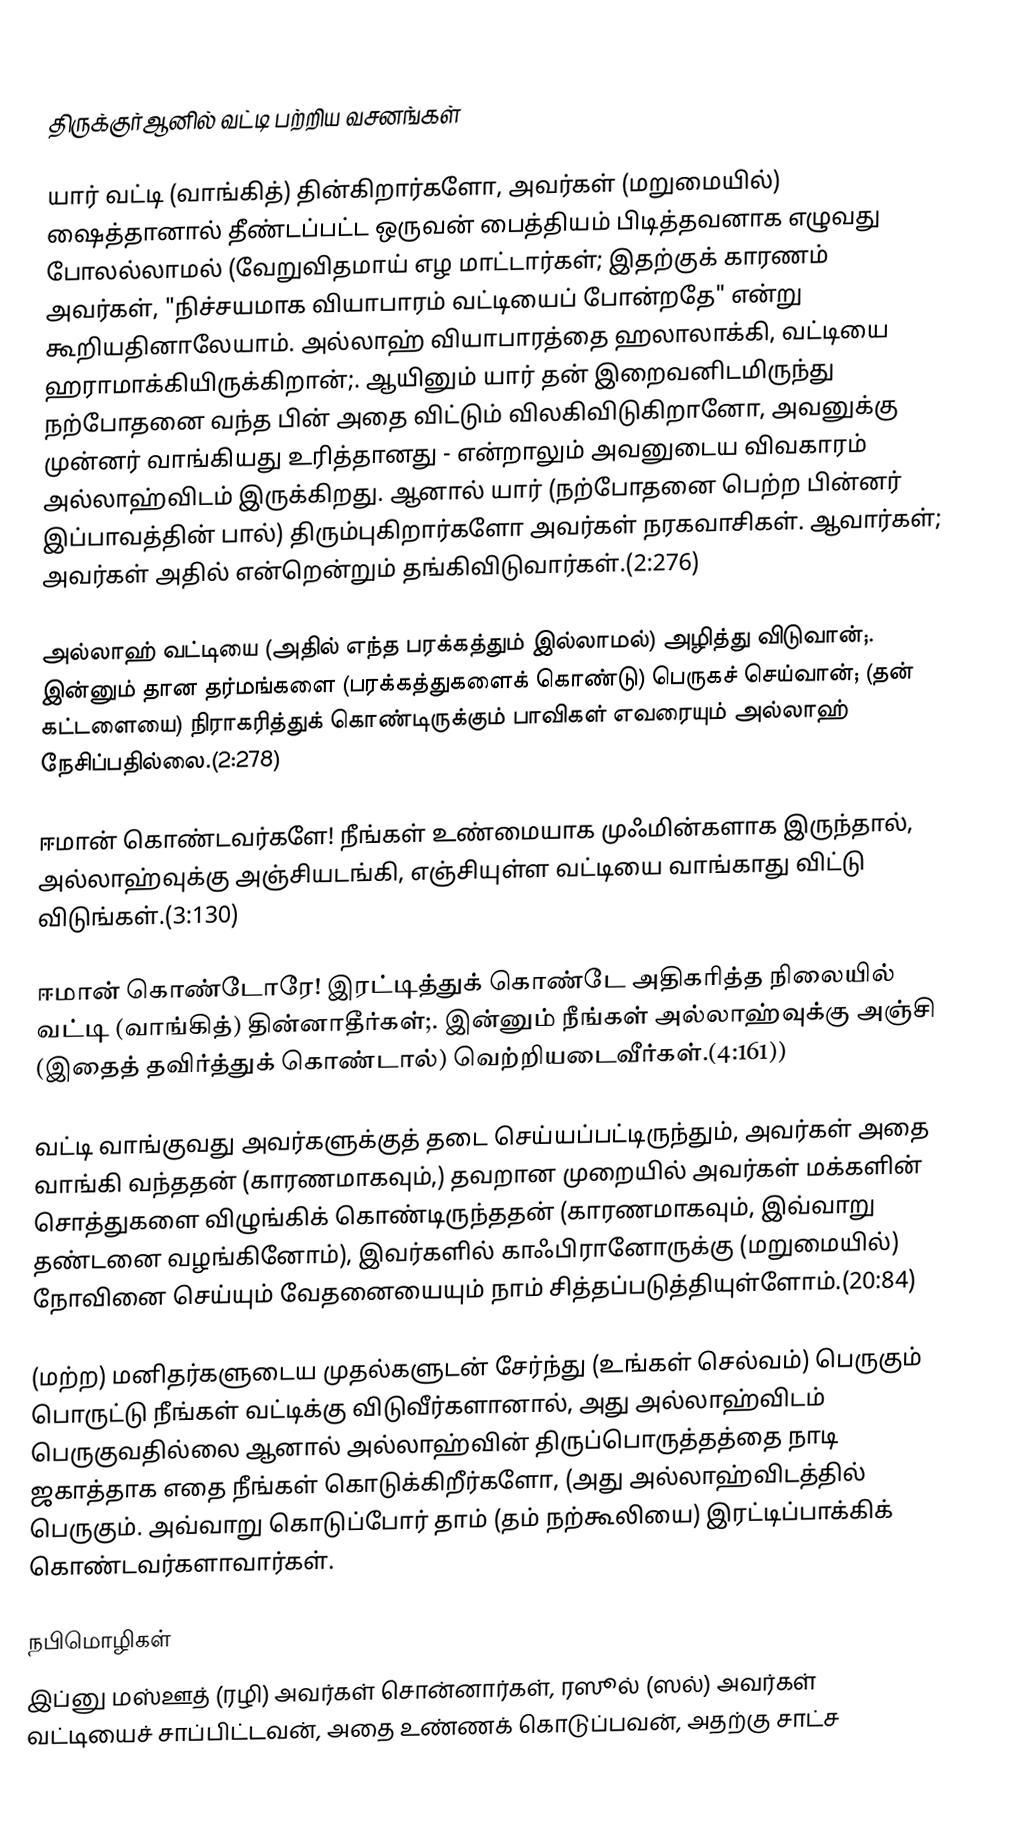

திருக்குர்ஆனில் வட்டி பற்றிய வசனங்கள்

யார் வட்டி (வாங்கித்) தின்கிறார்களோ, அவர்கள் (மறுமையில்) ஷைத்தானால் தீண்டப்பட்ட ஒருவன் பைத்தியம் பிடித்தவனாக எழுவது போலல்லாமல் (வேறுவிதமாய் எழ மாட்டார்கள்; இதற்குக் காரணம் அவர்கள், "நிச்சயமாக வியாபாரம் வட்டியைப் போன்றதே" என்று கூறியதினாலேயாம். அல்லாஹ் வியாபாரத்தை ஹலாலாக்கி, வட்டியை ஹராமாக்கியிருக்கிறான்;. ஆயினும் யார் தன் இறைவனிடமிருந்து நற்போதனை வந்த பின் அதை விட்டும் விலகிவிடுகிறானோ, அவனுக்கு முன்னர் வாங்கியது உரித்தானது - என்றாலும் அவனுடைய விவகாரம் அல்லாஹ்விடம் இருக்கிறது. ஆனால் யார் (நற்போதனை பெற்ற பின்னர் இப்பாவத்தின் பால்) திரும்புகிறார்களோ அவர்கள் நரகவாசிகள். ஆவார்கள்; அவர்கள் அதில் என்றென்றும் தங்கிவிடுவார்கள்.(2:276)

அல்லாஹ் வட்டியை (அதில் எந்த பரக்கத்தும் இல்லாமல்) அழித்து விடுவான்;. இன்னும் தான தர்மங்களை (பரக்கத்துகளைக் கொண்டு) பெருகச் செய்வான்; (தன் கட்டளையை) நிராகரித்துக் கொண்டிருக்கும் பாவிகள் எவரையும் அல்லாஹ் நேசிப்பதில்லை.(2:278)

ஈமான் கொண்டவர்களே! நீங்கள் உண்மையாக முஃமின்களாக இருந்தால், அல்லாஹ்வுக்கு அஞ்சியடங்கி, எஞ்சியுள்ள வட்டியை வாங்காது விட்டு விடுங்கள்.(3:130)

ஈமான் கொண்டோரே! இரட்டித்துக் கொண்டே அதிகரித்த நிலையில் வட்டி (வாங்கித்) தின்னாதீர்கள்;. இன்னும் நீங்கள் அல்லாஹ்வுக்கு அஞ்சி (இதைத் தவிர்த்துக் கொண்டால்) வெற்றியடைவீர்கள்.(4:161))

வட்டி வாங்குவது அவர்களுக்குத் தடை செய்யப்பட்டிருந்தும், அவர்கள் அதை வாங்கி வந்ததன் (காரணமாகவும்,) தவறான முறையில் அவர்கள் மக்களின் சொத்துகளை விழுங்கிக் கொண்டிருந்ததன் (காரணமாகவும், இவ்வாறு தண்டனை வழங்கினோம்), இவர்களில் காஃபிரானோருக்கு (மறுமையில்) நோவினை செய்யும் வேதனையையும் நாம் சித்தப்படுத்தியுள்ளோம்.(20:84)

(மற்ற) மனிதர்களுடைய முதல்களுடன் சேர்ந்து (உங்கள் செல்வம்) பெருகும் பொருட்டு நீங்கள் வட்டிக்கு விடுவீர்களானால், அது அல்லாஹ்விடம் பெருகுவதில்லை ஆனால் அல்லாஹ்வின் திருப்பொருத்தத்தை நாடி ஜகாத்தாக எதை நீங்கள் கொடுக்கிறீர்களோ, (அது அல்லாஹ்விடத்தில் பெருகும். அவ்வாறு கொடுப்போர் தாம் (தம் நற்கூலியை) இரட்டிப்பாக்கிக் கொண்டவர்களாவார்கள்.

நபிமொழிகள்
இப்னு மஸ்ஊத் (ரழி) அவர்கள் சொன்னார்கள், ரஸூல் (ஸல்) அவர்கள் வட்டியைச் சாப்பிட்டவன், அதை உண்ணக் கொடுப்பவன், அதற்கு சாட்ச